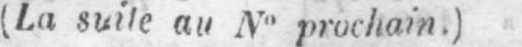
(La suite au No prochain.)